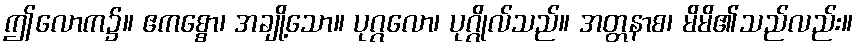
ဤလောက၌။ ဧကစ္စော၊ အချို့သော။ ပုဂ္ဂလော၊ ပုဂ္ဂိုလ်သည်။ အတ္တနာစ၊ မိမိ၏သည်လည်း။